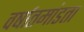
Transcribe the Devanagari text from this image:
वर्षातमांडता